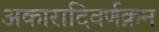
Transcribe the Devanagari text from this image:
अकारादिवर्णक्रम